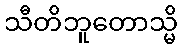
သီတိဘူတောသ္မိ